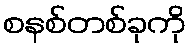
စနစ်တစ်ခုကို